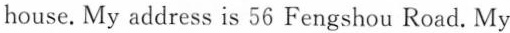
house.My address is 56 Fengshou Road. My